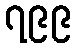
၇၉၉